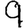
Digit: 9